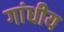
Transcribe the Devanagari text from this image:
गांधीय